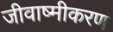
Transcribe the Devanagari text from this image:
जीवाष्मीकरण